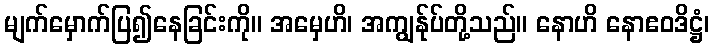
မျက်မှောက်ပြ၍နေခြင်းကို။ အမှေဟိ၊ အကျွန်ုပ်တို့သည်။ နောဟိ နောဧဝဒိဋ္ဌံ၊